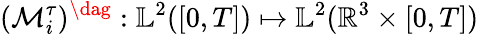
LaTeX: (\mathcal{M}_{i}^{\tau})^{\dag}:\mathbb{L}^{2}([0,T])\mapsto\mathbb{L}^{2}(\mathbb{R}^{3}\times[0,T])